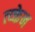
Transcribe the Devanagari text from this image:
त्य्क्तेन